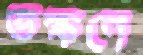
ভক্ষণে